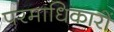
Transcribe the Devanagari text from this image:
परमाधिकारों